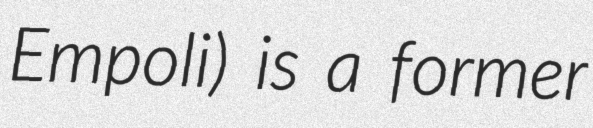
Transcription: Empoli) is a former